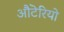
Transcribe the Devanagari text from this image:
औंटेरियो